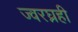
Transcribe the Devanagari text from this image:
ज्वरघ्नही